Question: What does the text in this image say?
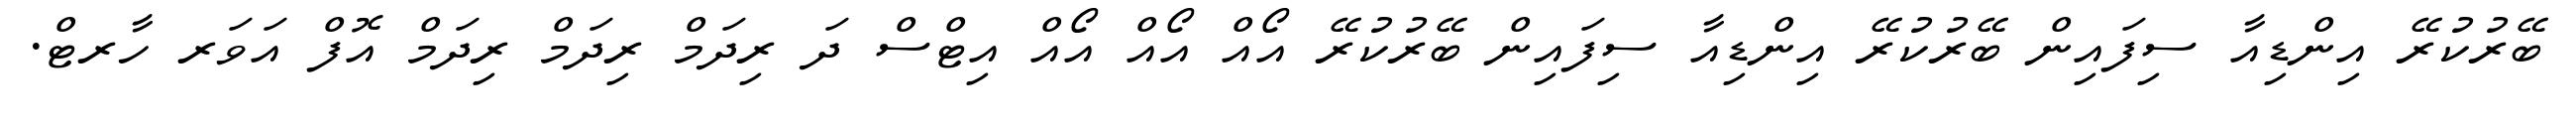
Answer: ބޭރުކުރޭ އިންޑިއާ ސިފައިން ބޭރުކުރޭ އިންޑިއާ ސިފައިން ބޭރުކުރޭ އޯއް އޯއް އޯއް އިޓްސް ދަ ރިދަމް ރިދަމް ރިދަމް އޮފް އަވަރ ހާރޓް.